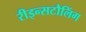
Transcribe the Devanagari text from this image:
रीइन्सटौलिंग